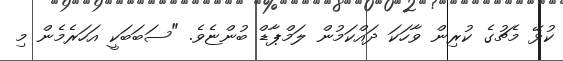
ކުޅޭ މެޗުގެ ކުރިން ވާހަކަ ދައްކަމުން ލަމްޕާޑް ބުންޏެވެ. "ސަބަބަކީ އަހަރެމެން މި